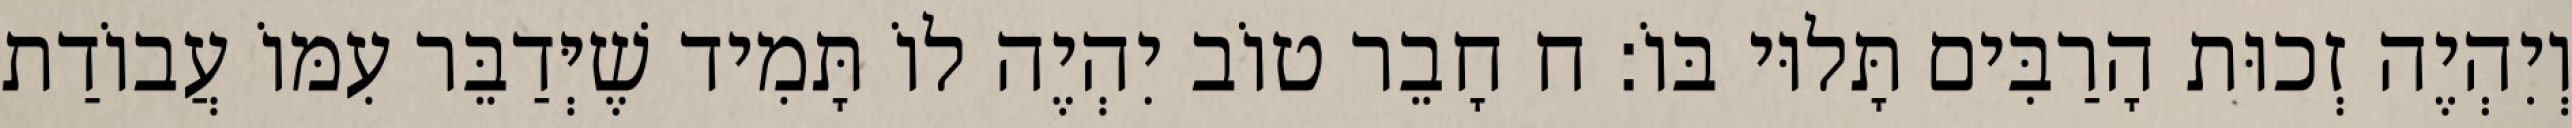
וְיִהְיֶה זְכוּת הָרַבִּים תָּלוּי בּוֹ: ח חָבֵר טוֹב יִהְיֶה לוֹ תָּמִיד שֶׁיְּדַבֵּר עִמּוֹ עֲבוֹדַת